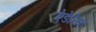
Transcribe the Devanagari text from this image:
ऐडेलिन